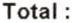
TOTAL :